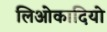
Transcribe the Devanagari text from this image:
लिओकादियो